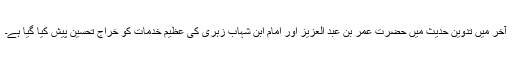
آخر میں تدوینِ حدیث میں حضرت عمر بن عبد العزیز اور امام ابنِ شہاب زہری کی عظیم خدمات کو خراجِ تحسین پیش کیا گیا ہے۔